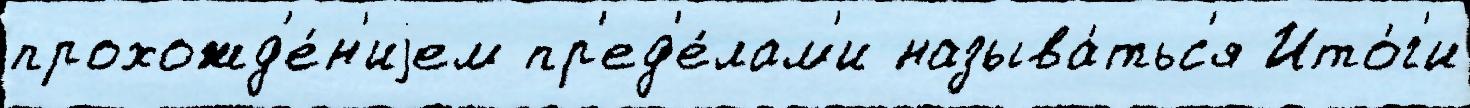
прохожд'е́н'иjем пр'ед'е́лам'и называ́тьс'я Ито́г'и